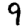
Digit: 9